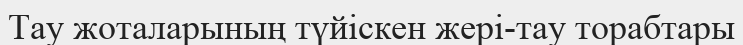
Тау жоталарының түйіскен жері-тау торабтары